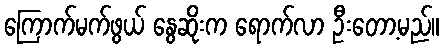
ကြောက်မက်ဖွယ် နွေဆိုးက ရောက်လာ ဦးတော့မည်။